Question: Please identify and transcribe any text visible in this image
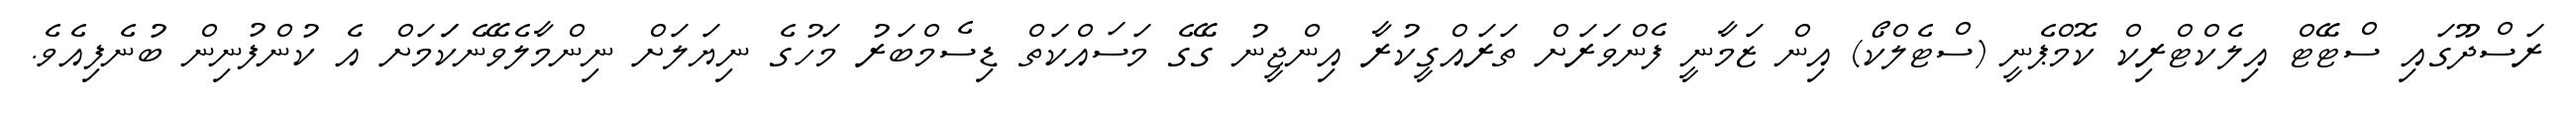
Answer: ރަސްދޫގައި ސްޓޭޓް އިލެކްޓްރިކް ކޮމްޕެނީ (ސްޓެލްކޯ) އިން ޒަމާނީ ފެންވަރަށް ތަރައްގީކުރާ އިންޖީނު ގޭގެ މަސައްކަތް ޑިސެމްބަރު މަހުގެ ނިޔަލަށް ނިންމާލެވޭނެކަަމަށް އެ ކުންފުނިން ބުނެފިއެވެ.